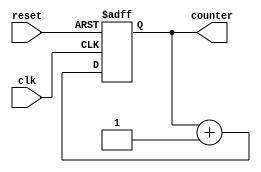
`timescale 1ns / 1ps
//////////////////////////////////////////////////////////////////////////////////
// Company: 
// Engineer: 
// 
// Design Name: 
// Module Name: counter
// Project Name: 
// Target Devices: 
// Tool Versions: 
// Description: 
// 
// Dependencies: 
// 
// Revision:
// Revision 0.01 - File Created
// Additional Comments:
// 
//////////////////////////////////////////////////////////////////////////////////


module counter(input clk, reset, output reg [3:0] counter
    );

// up counter
always @(posedge clk or posedge reset)
begin
if(reset)
 counter <= 4'd0;
else
 counter <= counter + 4'd1;
end 

endmodule